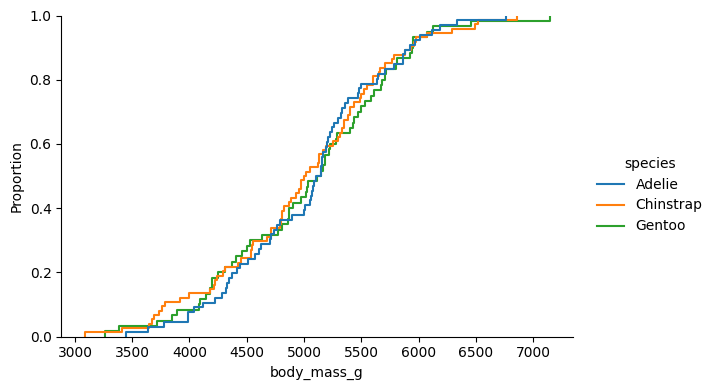
python, seaborn, displot, kind='ecdf', column='body_mass_g', hue='species', height=4, aspect=1.5